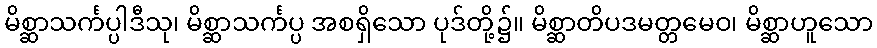
မိစ္ဆာသင်္ကပ္ပါဒီသု၊ မိစ္ဆာသင်္ကပ္ပ အစရှိသော ပုဒ်တို့၌။ မိစ္ဆာတိပဒမတ္တမေဝ၊ မိစ္ဆာဟူသော